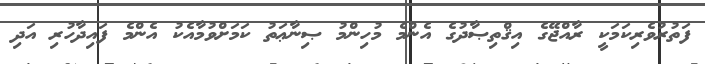
ފަތުރުވެރިކަމަކީ ރާއްޖޭގެ އިޤްތިޞާދުގެ އެންމެ މުހިންމު ޞިނާޢަތު ކަމަށްވުމާއެކު އެންމެ ފައިދާހުރި އަދި